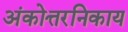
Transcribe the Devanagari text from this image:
अंकोत्तरनिकाय